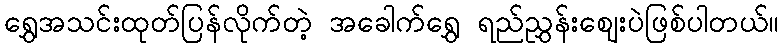
ရွှေအသင်းထုတ်ပြန်လိုက်တဲ့ အခေါက်ရွှေ ရည်ညွှန်းဈေးပဲဖြစ်ပါတယ်။